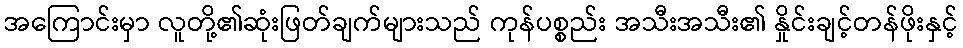
အကြောင်းမှာ လူတို့၏ဆုံးဖြတ်ချက်များသည် ကုန်ပစ္စည်း အသီးအသီး၏ နှိုင်းချင့်တန်ဖိုးနှင့်